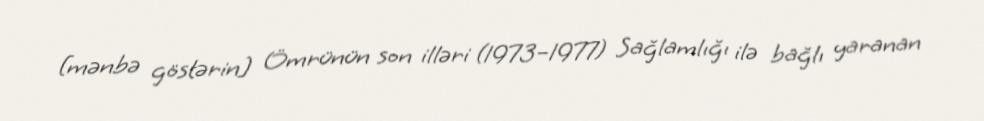
[mənbə göstərin] Ömrünün son illəri (1973–1977) Sağlamlığı ilə bağlı yaranan